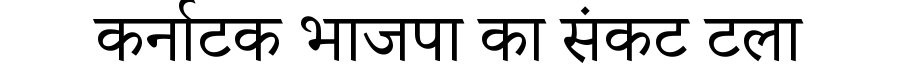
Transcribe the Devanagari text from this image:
कर्नाटक भाजपा का संकट टला